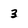
Character: 3